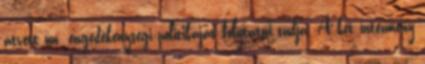
átvett ún. engedékenységi politikáját folytatni tudja. A két intézmény